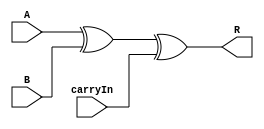
module adder_1_bit (input A, input B, input carryIn, output R);

	xor xor1(R,A,B,carryIn);

endmodule